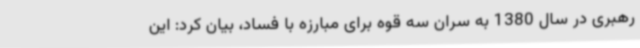
رهبری در سال 1380 به سران سه قوه برای مبارزه با فساد، بیان کرد: این